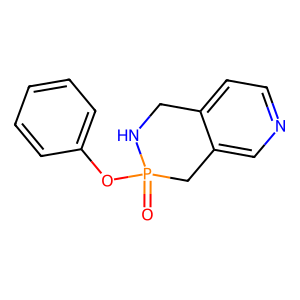
SMILES: O=P1(Oc2ccccc2)Cc2cnccc2CN1
Inhibits HIV replication: No